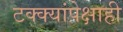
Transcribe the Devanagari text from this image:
टक्क्यांपेक्षाही